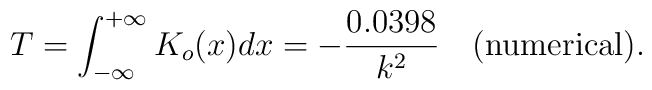
T=\int_{-\infty}^{+\infty}K_o(x)dx=-\frac{0.0398}{k^2}\ \ \ {\rm(numerical)}.